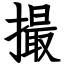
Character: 撮